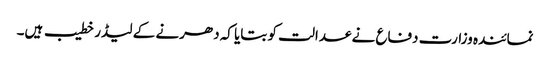
نمائندہ وزارت دفاع نے عدالت کو بتایا کہ دھرنے کے لیڈر خطیب ہیں۔